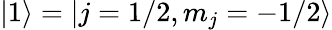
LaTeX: |1\rangle=|j=1/2,m_{j}=-1/2\rangle